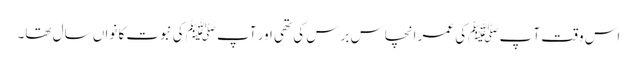
اس وقت آ پ ﷺکی عمر انچاس برس کی تھی اور آپ ﷺکی نبوت کا نواں سال تھا۔